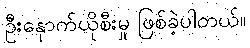
ဦးနှောက်ယိုစီးမှု ဖြစ်ခဲ့ပါတယ်။